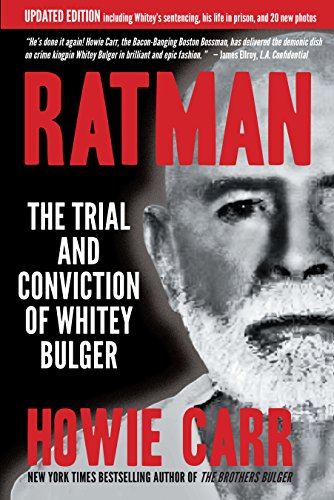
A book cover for Ratman: The Trial and Conviction of Whitey Bulger; Howie Carr; Law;